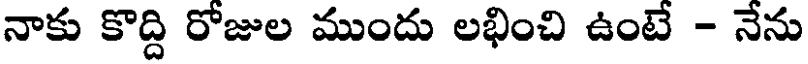
నాకు కొద్ది రోజుల ముందు లభించి ఉంటే - నేను